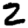
Digit: 2